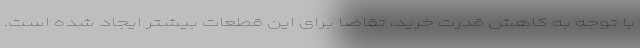
با توجه به کاهش قدرت خرید، تقاضا برای این قطعات بیشتر ایجاد شده است.